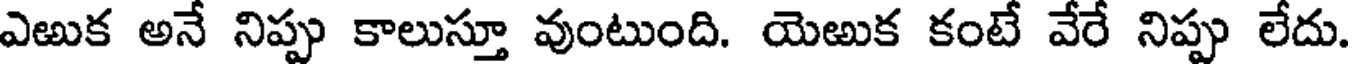
ఎఱుక అనే నిప్పు కాలుస్తూ వుంటుంది. యెఱుక కంటే వేరే నిప్పు లేదు.